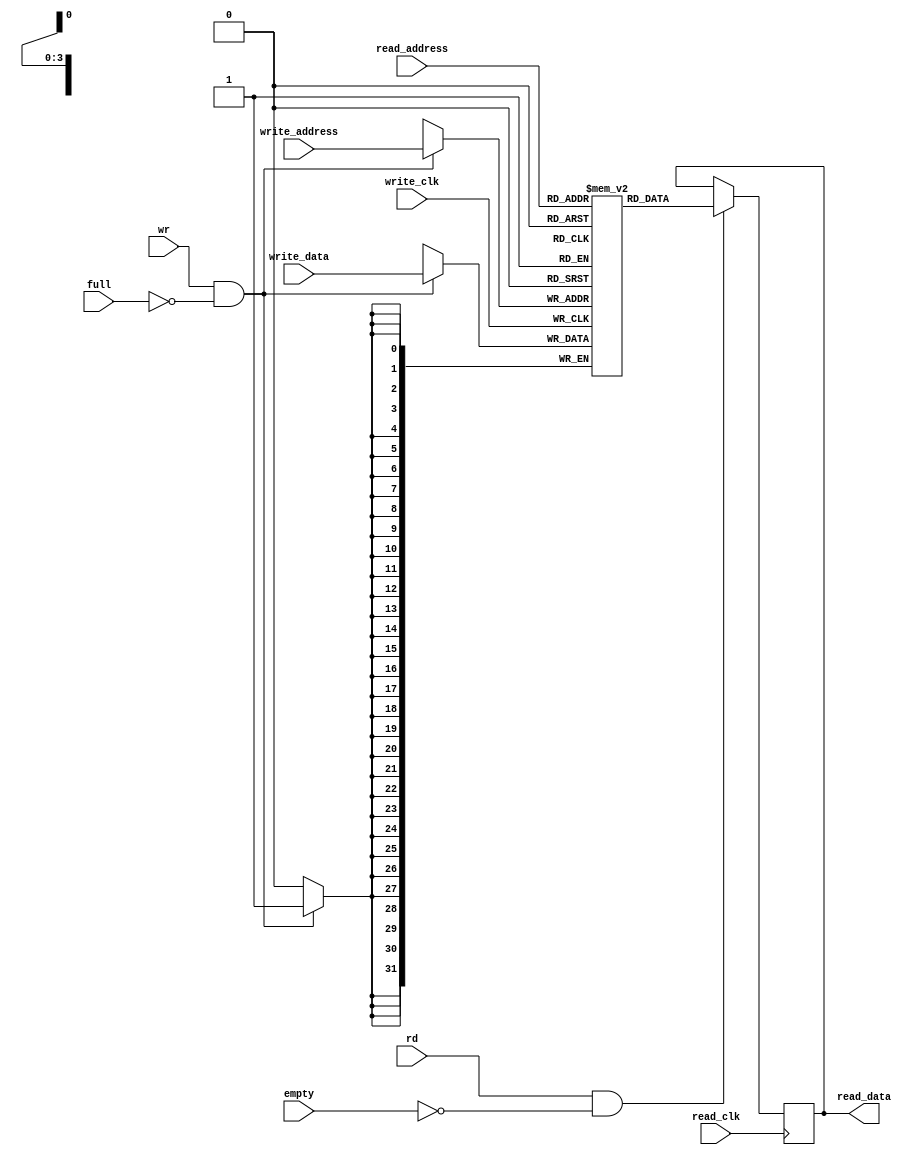
module memory #(
    parameter data_width = 32 ,
    parameter address_width =4
) (
    input wire [address_width-1:0] read_address ,
    input wire [address_width-1:0] write_address ,
    input wire [data_width-1:0] write_data ,
    output wire [data_width-1:0]read_data ,
    input wire read_clk ,
    input wire write_clk,
    input wire rd ,
    input wire wr ,
    input wire full ,
    input wire empty 
         
);

reg [data_width-1:0] mem [(2**address_width)-1 : 0] ;
reg [data_width-1:0] data_rd;

assign read_data = data_rd;

always @(posedge read_clk ) begin
    if (rd && !empty) begin
    data_rd = mem[read_address];
    end
end


always @(posedge write_clk ) begin
    if (wr && !full) begin
    mem[write_address] = write_data;
    end
end


    
endmodule